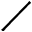
\diagup